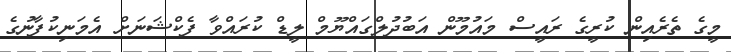
މީގެ ތެރެއިން ކުރީގެ ރައީސް މައުމޫން އަބުދުލްގައްޔޫމް ލީޑް ކުރައްވާ ފެކްޝަނަށް އެމަނިކުފާނުގެ